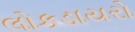
લોકડાયરો